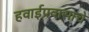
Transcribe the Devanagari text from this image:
हवाईप्रवासाचे